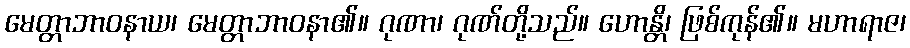
မေတ္တာဘာဝနာယ၊ မေတ္တာဘာဝနာ၏။ ဂုဏာ၊ ဂုဏ်တို့သည်။ ဟောန္တိ၊ ဖြစ်ကုန်၏။ မဟာရာဇ၊